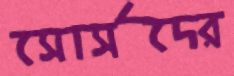
সোর্সদের